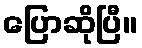
ပြောဆိုပြီ။